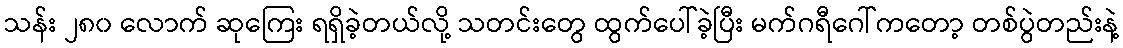
သန်း ၂၈၀ လောက် ဆုကြေး ရရှိခဲ့တယ်လို့ သတင်းတွေ ထွက်ပေါ်ခဲ့ပြီး မက်ဂရီဂေါ်ကတော့ တစ်ပွဲတည်းနဲ့